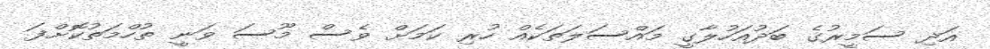
އަދި ސަމީރުގެ ބަދުއަހުލާގީ މައްސަލަތަކެއް ހުރި ކަމަށް ވެސް މޫސަ ވަނީ ތުހްމަތުކޮށްފަ